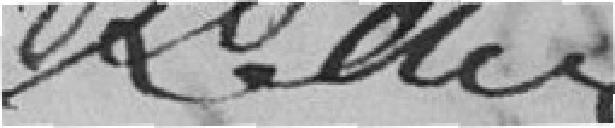
Keller